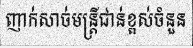
ញាក់សាច់មន្ត្រីជាន់ខ្ពស់ចំនួន